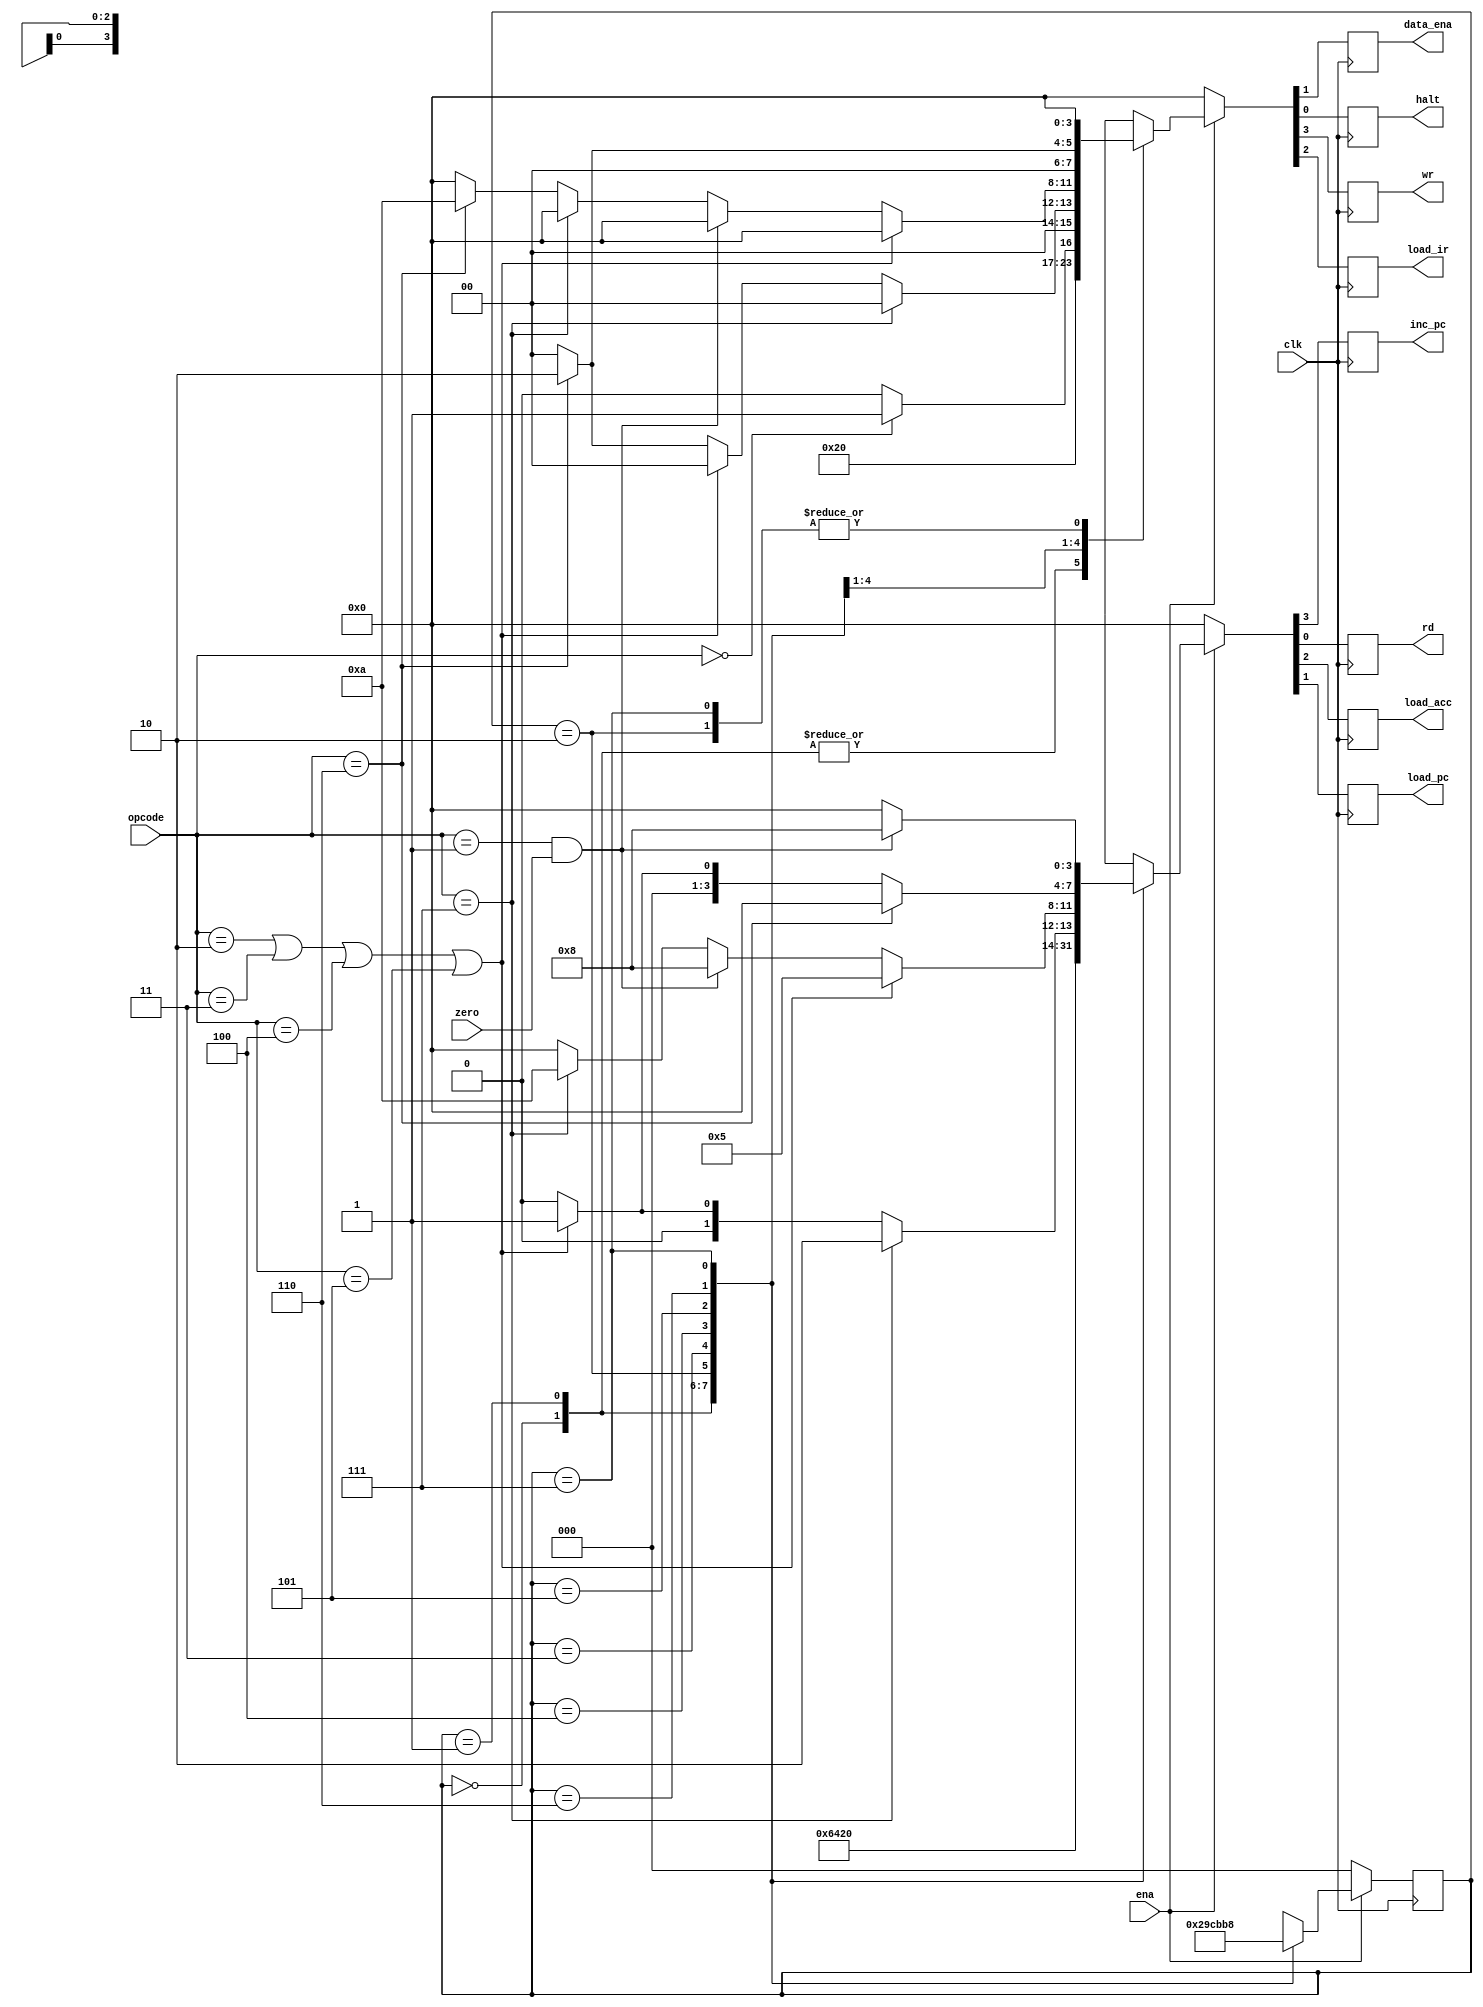
module machine(
    clk,
    ena,
    zero,
    opcode,
    data_ena,
    halt,
    inc_pc,
    rd,
    wr,
    load_acc,
    load_pc,
    load_ir
);

parameter   HLT = 8'b000,
            LDA = 8'b101,
            STO = 8'b110,
            SKZ = 8'b001,
            JMP = 8'b111,
            ADD = 8'b010,
            AND = 8'b011,
            XOR = 8'b100;

input clk;
input ena;
input zero;
input [2:0]opcode;
output reg data_ena;
output reg halt;
output reg inc_pc;
output reg rd, wr;
output reg load_acc;
output reg load_pc;
output reg load_ir;

reg [2:0]state;

always@(negedge clk)
    if(!ena)
        begin
            state <= 3'b000;
            {inc_pc, load_acc, load_pc, rd}   <= 4'b0000;
            {wr, load_ir, data_ena, halt} <= 4'b0000;
        end
    else 
        ctrl_cycle;
        
task ctrl_cycle;
    begin
        casex(state)
            3'b000: begin //load high 8bits instruction 
                        state <= 3'b001;
                        {inc_pc, load_acc, load_pc, rd}   <= 4'b0001;
                        {wr, load_ir, data_ena, halt} <= 4'b0100;
                    end
            3'b001: begin //pc increased by one then load low 8bits instruction 
                        state <= 3'b010;
                        {inc_pc, load_acc, load_pc, rd}   <= 4'b1001;
                        {wr, load_ir, data_ena, halt} <= 4'b0100;
                    end
            3'b010: begin //idle
                        state <= 3'b011;
                        {inc_pc, load_acc, load_pc, rd}   <= 4'b0000;
                        {wr, load_ir, data_ena, halt} <= 4'b0000;
                    end
            3'b011: begin //next instruction address setup
                        state <= 3'b100;
                        if(opcode == HLT)
                            begin 
                                {inc_pc, load_acc, load_pc, rd}   <= 4'b1000;
                                {wr, load_ir, data_ena, halt} <= 4'b0001;
                            end
                        else 
                            begin 
                                {inc_pc, load_acc, load_pc, rd}   <= 4'b1000;
                                {wr, load_ir, data_ena, halt} <= 4'b0000;
                            end
                    end
            3'b100: begin //fetch oprand
                        state <= 3'b101;
                        if(opcode == JMP)
                            begin 
                                {inc_pc, load_acc, load_pc, rd}   <= 4'b0010;
                                {wr, load_ir, data_ena, halt} <= 4'b0000;
                            end
                        else if(opcode == ADD || opcode == AND || opcode == XOR || opcode == LDA)
                            begin 
                                {inc_pc, load_acc, load_pc, rd}   <= 4'b0001;
                                {wr, load_ir, data_ena, halt} <= 4'b0000;
                            end
                        else if(opcode == STO)
                            begin 
                                {inc_pc, load_acc, load_pc, rd}   <= 4'b0000;
                                {wr, load_ir, data_ena, halt} <= 4'b0010;
                            end
                        else 
                            begin 
                                {inc_pc, load_acc, load_pc, rd}   <= 4'b0000;
                                {wr, load_ir, data_ena, halt} <= 4'b0000;
                            end
                    end
            3'b101: begin //operation 
                        state <= 3'b110;
                        if(opcode == ADD || opcode == AND || opcode == XOR || opcode == LDA)
                            begin 
                                {inc_pc, load_acc, load_pc, rd}   <= 4'b0101;
                                {wr, load_ir, data_ena, halt} <= 4'b0000;
                            end
                        else if(opcode == SKZ && zero == 1'b1)
                            begin 
                                {inc_pc, load_acc, load_pc, rd}   <= 4'b1000;
                                {wr, load_ir, data_ena, halt} <= 4'b0000;
                            end
                        else if(opcode == JMP)
                            begin 
                                {inc_pc, load_acc, load_pc, rd}   <= 4'b1010;
                                {wr, load_ir, data_ena, halt} <= 4'b0000;
                            end
                        else if(opcode == STO)
                            begin 
                                {inc_pc, load_acc, load_pc, rd}   <= 4'b0000;
                                {wr, load_ir, data_ena, halt} <= 4'b1010;
                            end
                        else 
                            begin 
                                {inc_pc, load_acc, load_pc, rd}   <= 4'b0000;
                                {wr, load_ir, data_ena, halt} <= 4'b0000;
                            end
                    end
            3'b110: begin 
                        state = 3'b111;
                        if(opcode == STO)
                            begin 
                                {inc_pc, load_acc, load_pc, rd}   <= 4'b0000;
                                {wr, load_ir, data_ena, halt} <= 4'b0010;
                            end
                        else if(opcode == ADD || opcode == AND || opcode == XOR || opcode == LDA)
                            begin 
                                {inc_pc, load_acc, load_pc, rd}   <= 4'b0001;
                                {wr, load_ir, data_ena, halt} <= 4'b0000;
                            end
                        else 
                            begin 
                                {inc_pc, load_acc, load_pc, rd}   <= 4'b0000;
                                {wr, load_ir, data_ena, halt} <= 4'b0000;
                            end
                    end
            3'b111: begin 
                        state <= 3'b000;
                        if(opcode == SKZ && zero == 1'b1)
                            begin 
                                {inc_pc, load_acc, load_pc, rd}   <= 4'b1000;
                                {wr, load_ir, data_ena, halt} <= 4'b0000;
                            end
                        else 
                            begin 
                                {inc_pc, load_acc, load_pc, rd}   <= 4'b0000;
                                {wr, load_ir, data_ena, halt} <= 4'b0000;
                            end
                    end
           default: begin 
                        state <= 3'b000;
                        {inc_pc, load_acc, load_pc, rd}   <= 4'b0000;
                        {wr, load_ir, data_ena, halt} <= 4'b0000;
                    end
        endcase 
    end
endtask

endmodule